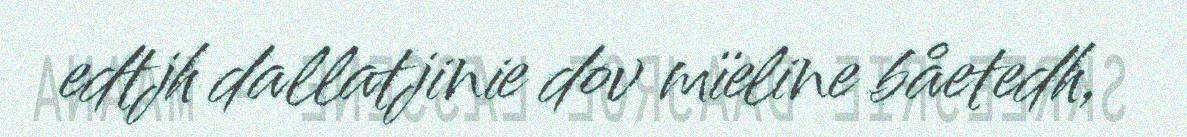
edtjh dallatjinie dov mïeline båetedh,